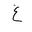
Letter: _gayn